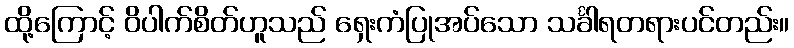
ထို့ကြောင့် ဝိပါက်စိတ်ဟူသည် ရှေးကံပြုအပ်သော သင်္ခါရတရားပင်တည်း။